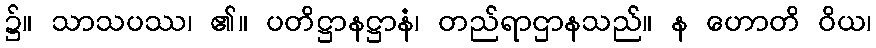
၌။ သာသပဿ၊ ၏။ ပတိဋ္ဌာနဋ္ဌာနံ၊ တည်ရာဌာနသည်။ န ဟောတိ ဝိယ၊